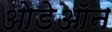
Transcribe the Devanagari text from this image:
ओडेऑन